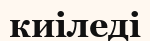
киіледі